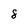
Character: 8